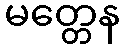
မတ္တေန